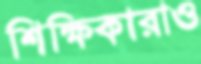
শিক্ষিকারাও